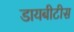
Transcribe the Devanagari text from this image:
डायबीटीस